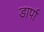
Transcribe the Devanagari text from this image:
डार्पा